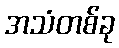
အသံတစ်ခု